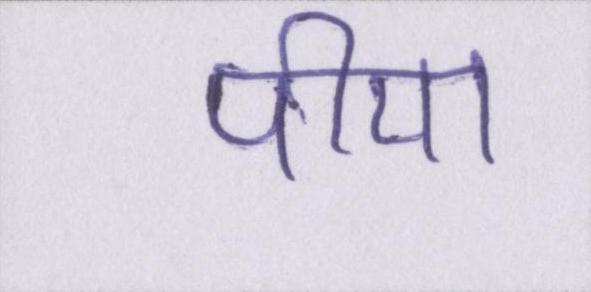
पीया